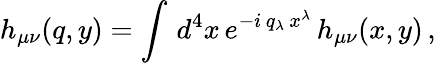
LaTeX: h_{\mu\nu}(q,y)=\int\, d^{4}x\, e^{-i\, q_{\lambda}\, x^{\lambda}}\, h_{\mu\nu}(x,y)\, ,